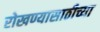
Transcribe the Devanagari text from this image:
रोखण्यासाठीच्या